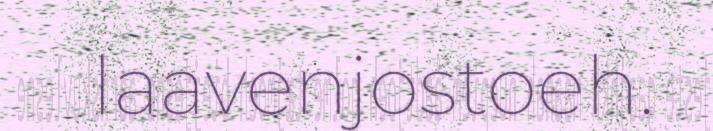
laavenjostoeh.